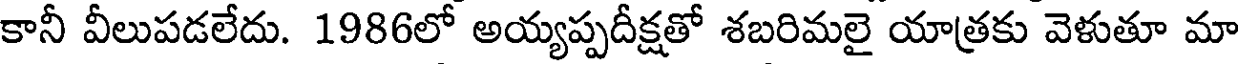
కానీ వీలుపడలేదు. 1986లో అయ్యప్పదీక్షతో శబరిమలై యాత్రకు వెళుతూ మా